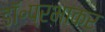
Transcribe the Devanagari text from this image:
डॉ॰प्रभाकर